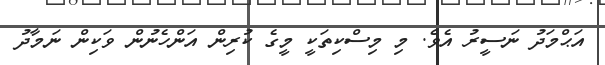
އަޙްމަދު ނަސީރު އެވެ. މި މިސްކިތަކީ މީގެ ކުރިން އަންހެނުން ވަކިން ނަމާދު